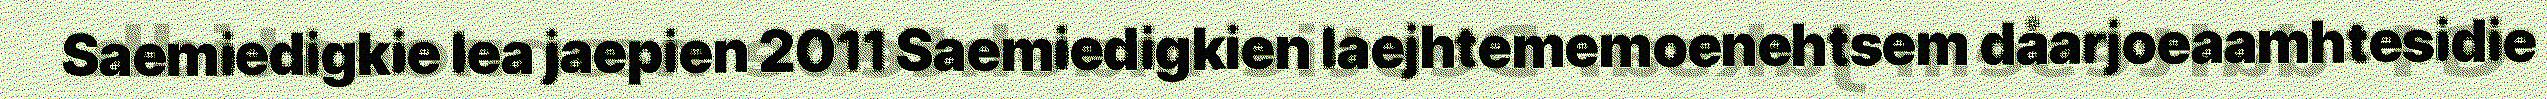
Saemiedigkie lea jaepien 2011 Saemiedigkien laejhtememoenehtsem dåarjoeaamhtesidie